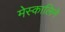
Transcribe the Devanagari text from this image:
मेस्कालिने